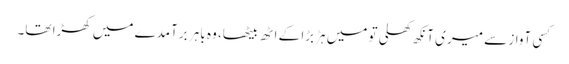
کسی آواز سے میری آنکھ کھلی تو میں ہڑبڑا کے اٹھ بیٹھا، وہ باہر برآمدے میں کھڑا تھا۔